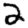
Digit: 2